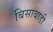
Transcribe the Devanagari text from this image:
बिसाबाडी